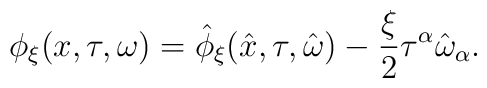
\phi_{\xi}(x,\tau, \omega) =\hat{\phi}_{\xi}(\hat{x},\tau, \hat{\omega}) -\frac{\xi}{2}\tau^{\alpha}\hat{\omega}_{\alpha}.